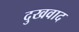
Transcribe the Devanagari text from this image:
दुखवाद